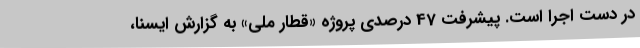
در دست اجرا است. پیشرفت 47 درصدی پروژه «قطار ملی» به گزارش ایسنا،